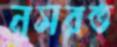
নুসরত